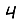
Digit: 4